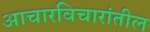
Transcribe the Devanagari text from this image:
आचारविचारांतील